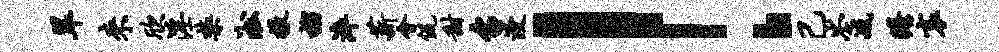
翠来欣淫禁淞撒榴淬薪会侃甜召浸！己岑减瞻哀